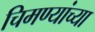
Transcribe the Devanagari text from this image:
चिमण्यांच्या